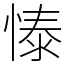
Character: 㥭